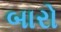
બારો